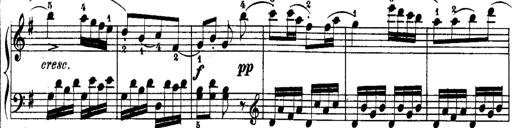
Title: Rondos and Sonatinas for Pianoforte
Composer: Daniel Steibelt